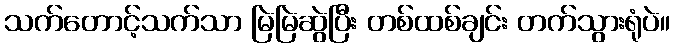
သက်တောင့်သက်သာ မြဲမြဲဆွဲပြီး တစ်ထစ်ချင်း တက်သွားရုံပဲ။